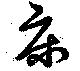
床